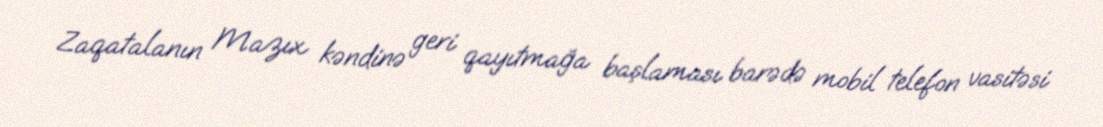
Zaqatalanın Mazıx kəndinə geri qayıtmağa başlaması barədə mobil telefon vasitəsi